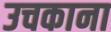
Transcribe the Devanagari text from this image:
उचकाना